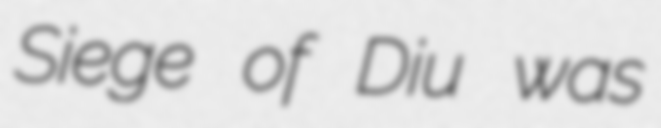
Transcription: Siege of Diu was